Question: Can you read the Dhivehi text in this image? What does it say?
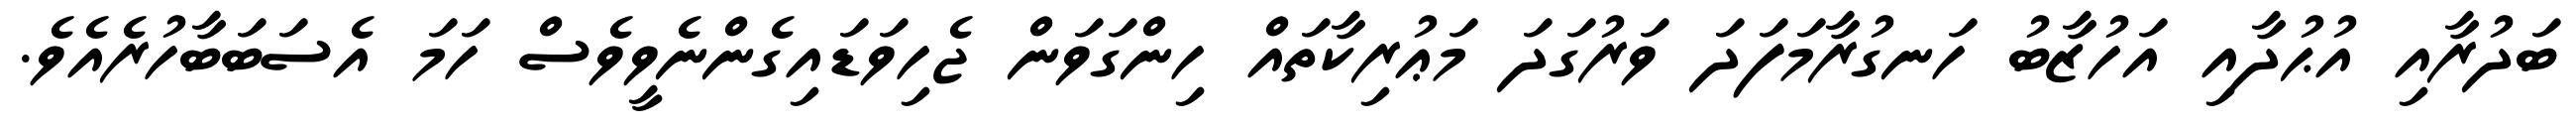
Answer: ބަދުރާއި އުޙުދާއި އަހުޒާބު ހަނގުރާމަފަދަ ވަރުގަދަ މަޢުރިކާތައް ހިންގަވަން ޖެހިވަޑައިގެންނެވީވެސް ހަމަ އެސަބަބާހުރެއެވެ.